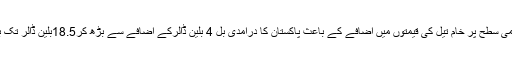
کیونکہ عالمی سطح پر خام تیل کی قیمتوں میں اضافے کے باعث پاکستان کا درآمدی بل 4 بلین ڈالرکے اضافے سے بڑھ کر18.5بلین ڈالر تک بڑھ جائیگا۔